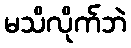
မသိလိုက်ဘဲ